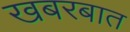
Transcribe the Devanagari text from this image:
खबरबात